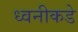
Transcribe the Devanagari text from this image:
ध्वनीकडे